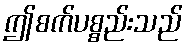
ဤစက်ပစ္စည်းသည်